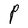
Character: P